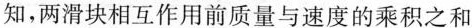
知，两滑块相互作用前质量与速度的乘积之和